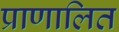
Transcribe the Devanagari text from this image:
प्राणालित